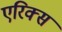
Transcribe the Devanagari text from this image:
एरिक्स